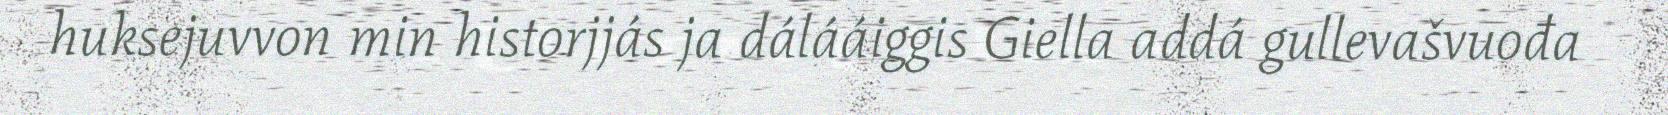
huksejuvvon min historjjás ja dálááiggis Giella addá gullevašvuođa